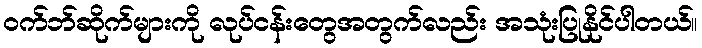
ဝက်ဘ်ဆိုက်များကို လုပ်ငန်းတွေအတွက်လည်း အသုံးပြုနိုင်ပါတယ်။